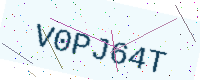
Text: V0PJ64T